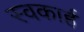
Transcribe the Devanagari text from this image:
स्वकार्ह